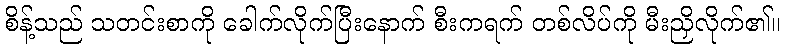
စိန့်သည် သတင်းစာကို ခေါက်လိုက်ပြီးနောက် စီးကရက် တစ်လိပ်ကို မီးညှိလိုက်၏။